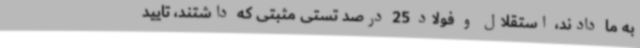
به ما دادند، استقلال و فولاد 25 درصد تستی مثبتی که داشتند، تایید